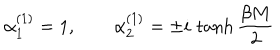
\alpha _ { 1 } ^ { ( 1 ) } = 1 , \quad \quad \alpha _ { 2 } ^ { ( 1 ) } = \pm i \, \tanh { \frac { \beta M } { 2 } }